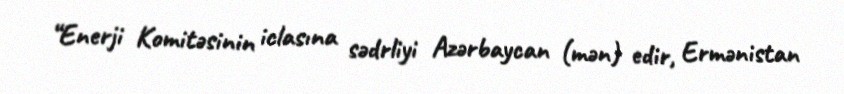
“Enerji Komitəsinin iclasına sədrliyi Azərbaycan (mən) edir, Ermənistan